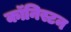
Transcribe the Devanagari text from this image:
कॉनिस्टन